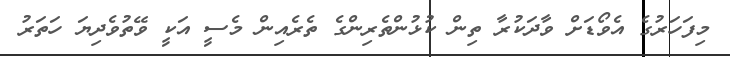
މިފަހަރުގެ އެވޯޑަށް ވާދަކުރާ ތިން ކުޅުންތެރިންގެ ތެރެއިން މެސީ އަކީ ވޭތުވެދިޔަ ހަތަރު